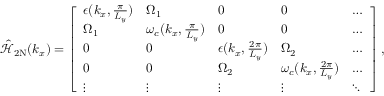
\begin{array} { r } { \mathcal { \hat { H } } _ { \mathrm { 2 N } } ( { k _ { x } } ) = \left[ \begin{array} { l l l l l } { \epsilon ( k _ { x } , \frac { \pi } { L _ { y } } ) } & { { \Omega } _ { 1 } } & { 0 } & { 0 } & { \hdots } \\ { { \Omega } _ { 1 } } & { \omega _ { c } ( { k _ { x } , \frac { \pi } { L _ { y } } } ) } & { 0 } & { 0 } & { \hdots } \\ { 0 } & { 0 } & { \epsilon ( k _ { x } , \frac { 2 \pi } { L _ { y } } ) } & { { \Omega } _ { 2 } } & { \hdots } \\ { 0 } & { 0 } & { { \Omega } _ { 2 } } & { \omega _ { c } ( { k _ { x } , \frac { 2 \pi } { L _ { y } } } ) } & { \hdots } \\ { \vdots } & { \vdots } & { \vdots } & { \vdots } & { \ddots } \end{array} \right] , } \end{array}